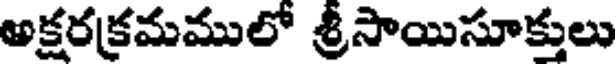
అక్షరక్రమములో శ్రీసాయిసూక్తులు